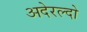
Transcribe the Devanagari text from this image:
अदेरल्दो